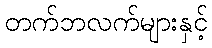
တက်ဘလက်များနှင့်